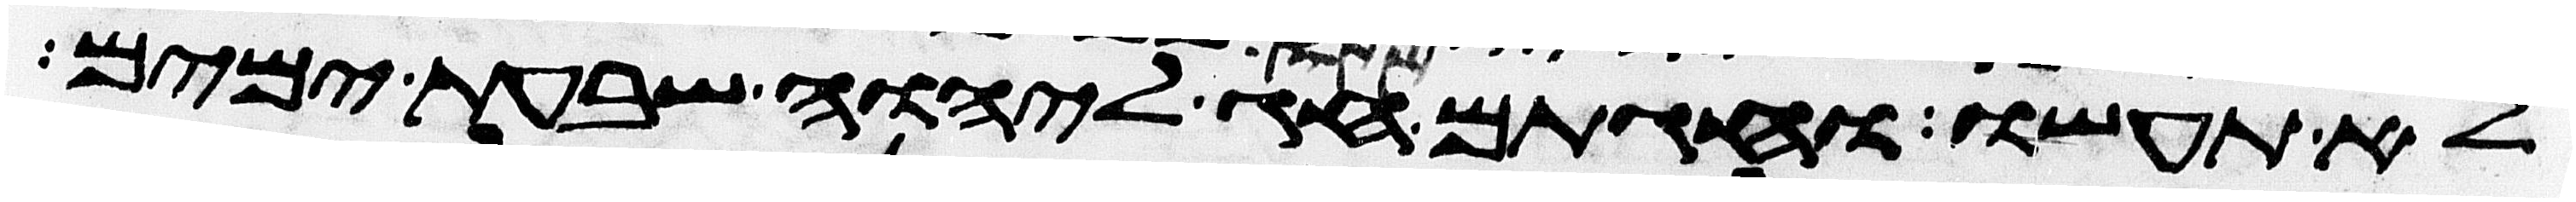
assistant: לא תעשו וחגתם חג ליהוה שבעת ימים